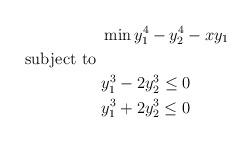
LaTeX: \begin{align*} & \min y_1^4-y_2^4-xy_1 \\ \hbox{subject to } & \\ & y_1^3-2y_2^3\leq 0\\ & y_1^3+2y_2^3\leq 0 \end{align*}